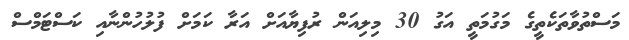
މަސްތުވާތަކެތީގެ މަގުމަތީ އަގު 30 މިލިއަން ރުފިޔާއަށް އަރާ ކަމަށް ފުލުހުންނާއި ކަސްޓަމްސް